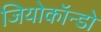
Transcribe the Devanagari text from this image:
जियोकॉन्डो